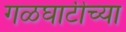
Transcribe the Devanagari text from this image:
गळघाटीच्या